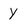
Character: y